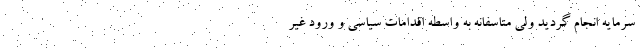
سرمایه انجام گردید ولی متاسفانه به واسطه اقدامات سیاسی و ورود غیر